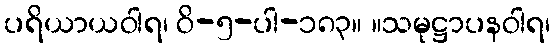
ပရိယာယဝါရ၊ ဝိ-၅-ပါ-၁၈၃။ ။သမုဋ္ဌာပနဝါရ၊